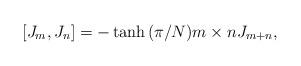
LaTeX: \begin{align*}[J_m, J_n]=-\tanh{(\pi/N)m\times n}J_{m+n},\end{align*}